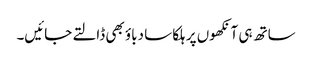
ساتھ ہی آنکھوں پر ہلکا سا دباؤ بھی ڈالتے جائیں۔